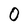
Character: O